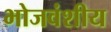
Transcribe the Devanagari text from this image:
भोजवंशीय